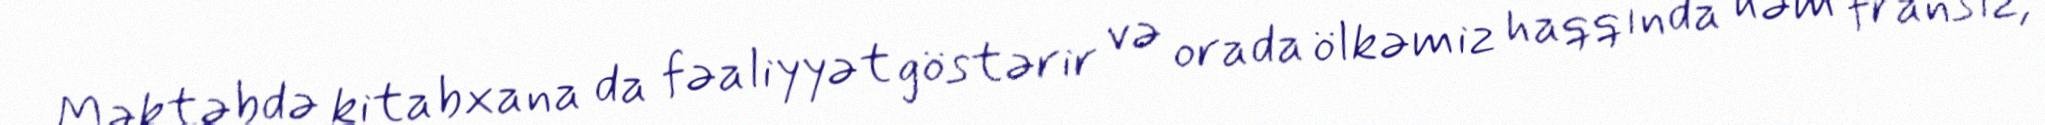
Məktəbdə kitabxana da fəaliyyət göstərir və orada ölkəmiz haqqında həm fransız,